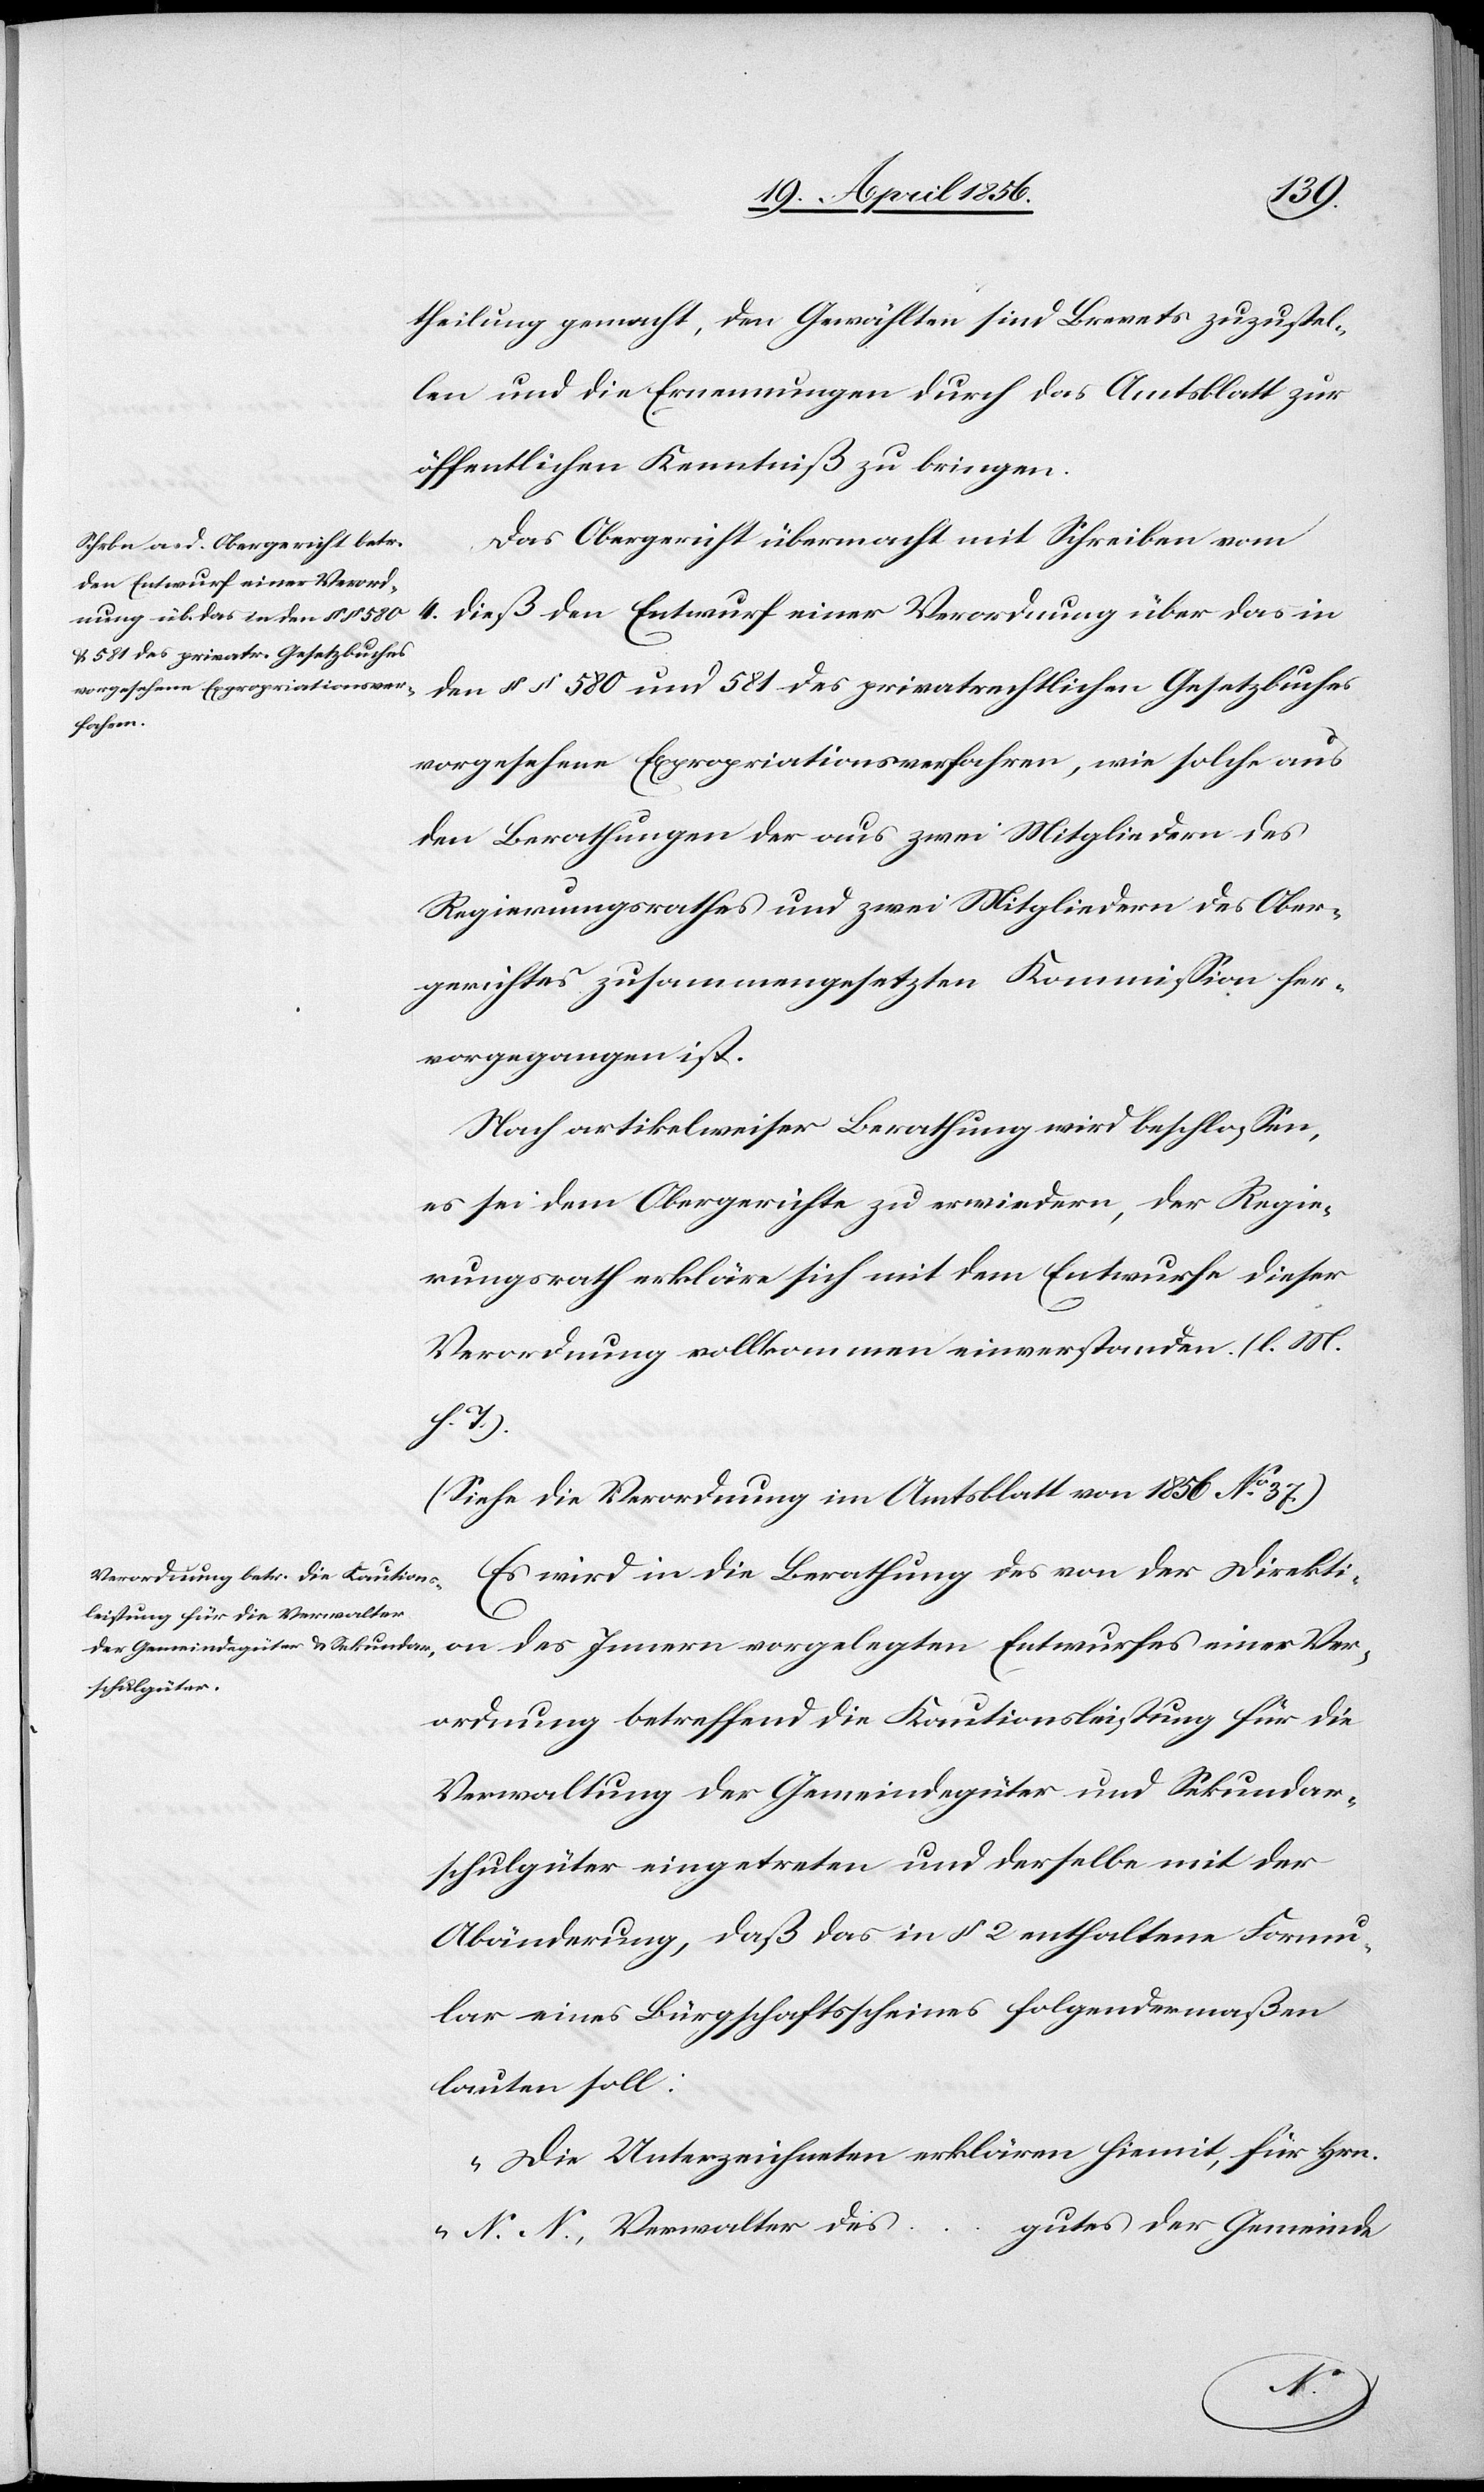
theilung gemacht, den Gewählten sind Brevets zuzustel¬
len und die Ernennungen durch das Amtsblatt zur
öffentlichen Kenntniß zu bringen.
Das Obergericht übermacht mit Schreiben vom
4. dieß den Entwurf einer Verordnung über das in
den §§ 580 und 581 des privatrechtlichen Gesetzbuches
vorgesehnen Expropriationsverfahren, wie solche aus
den Berathungen der aus zwei Mitgliedern des
Regierungsrathes und zwei Mitgliedern des Ober¬
gerichtes zusammengesetzten Kommission her¬
vorgegangen ist.
Nach artikelweiser Berathung wird beschlossen,
es sei dem Obergerichte zu erwiedern, der Regie¬
rungsrath erkläre sich mit dem Entwurfe dieser
Verordnung vollkommen einverstanden. (l. M.
h. T.)
(Siehe die Verordnung im Amtsblatt von 1856 No 37.)
Es wird in die Berathung des von der Direkti¬
on des Innern vorgelegten Entwurfes einer Ver¬
ordnung betreffend die Kautionsleistung für die
Verwaltung der Gemeindegüter und Sekundar¬
schulgüter eingetreten und derselbe mit der
Abänderung, daß das in § 2 enthaltene Formu¬
lar eines Bürgschaftsscheines folgendermaßen
lauten soll:
„Die Unterzeichneten erklären hiemit, für Hrn.
gutes der Gemeinde
N. N., Verwalter des
…